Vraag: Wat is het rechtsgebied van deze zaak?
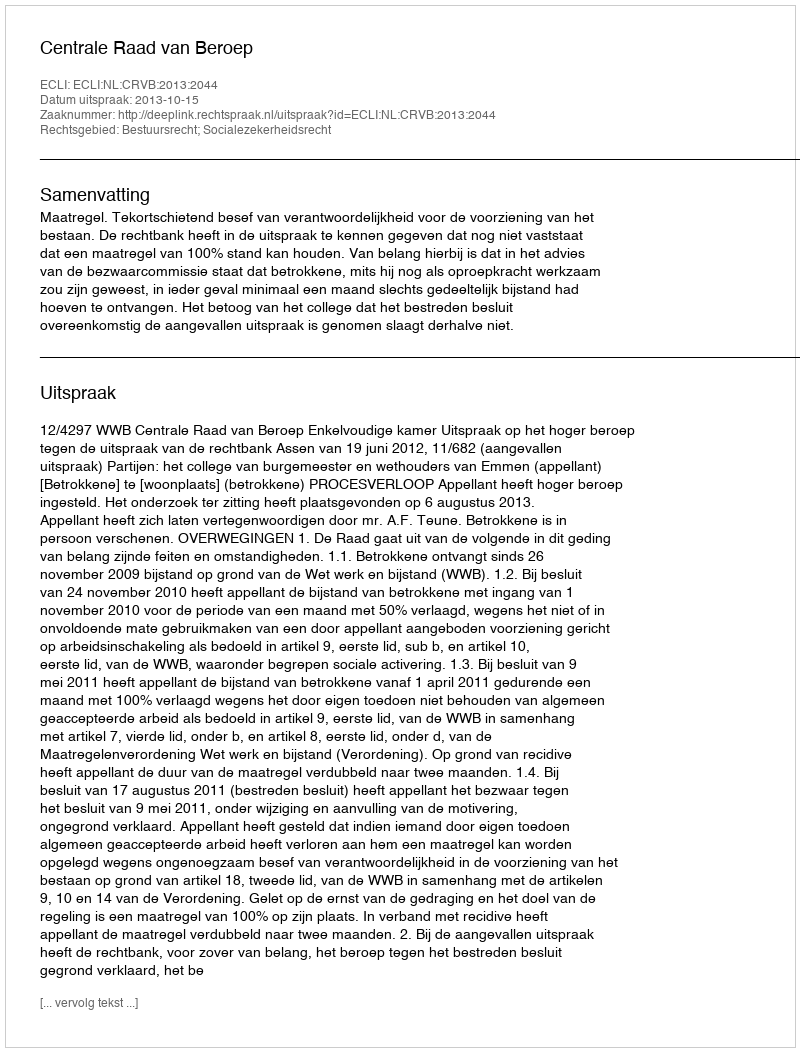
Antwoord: Bestuursrecht; Socialezekerheidsrecht